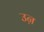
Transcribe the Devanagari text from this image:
उऩ